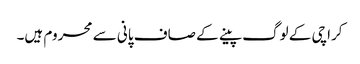
کراچی کے لوگ پینے کے صاف پانی سے محروم ہیں۔